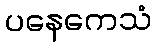
ပနေကေသံ